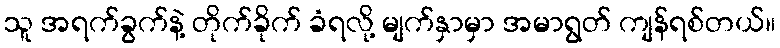
သူ အရက်ခွက်နဲ့ တိုက်ခိုက် ခံရလို့ မျက်နှာမှာ အမာရွတ် ကျန်ရစ်တယ်။